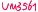
Text: UM3651